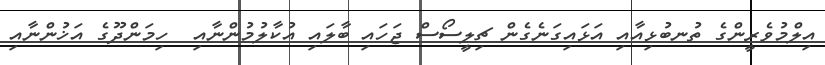
އިލްމުވެރީންގެ ތުނބުޅިއާއި އަޅައިގަނެގެން ޗިލީސޯސް ޖަހައި ބާލައި އުކާލުމުންނާއި  ހިމަންދޫގެ އަޚުންނާއި